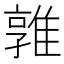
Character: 𨿡